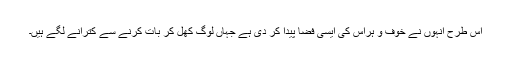
اس طرح انہوں نے خوف و ہراس کی ایسی فضا پیدا کر دی ہے جہاں لوگ کھل کر بات کرنے سے کترانے لگے ہیں۔